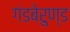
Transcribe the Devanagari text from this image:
गंडबेरुण्ड